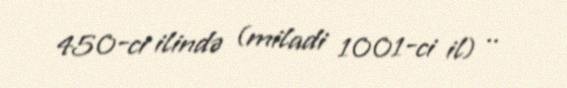
450-ci ilində (miladi 1001-ci il) ..